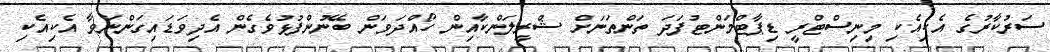
ސަރުކާރުގެ އެކިއެކި މިނިސްޓްރީ ޑިޕާޓްމަންޓުފަދަ ތަންތަނަށް ޝްރީލަންކާއިން ހޯއްދަވަން ބޭނުންފުޅުވެގެން އެދިވަޑައިގަންނަވާ އެކިއެކި